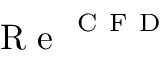
\mathrm { ~ R ~ e ~ } ^ { \mathrm { ~ C ~ F ~ D ~ } }